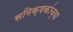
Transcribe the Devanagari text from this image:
समिक्षकांच्या